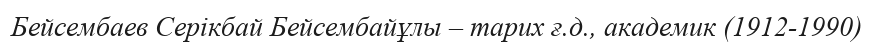
Бейсембаев Серікбай Бейсембайұлы – тарих ғ.д., академик (1912-1990)